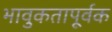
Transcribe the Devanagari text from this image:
भावुकतापूर्वक